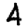
Digit: 4